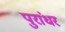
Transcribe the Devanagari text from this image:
पुरांधर